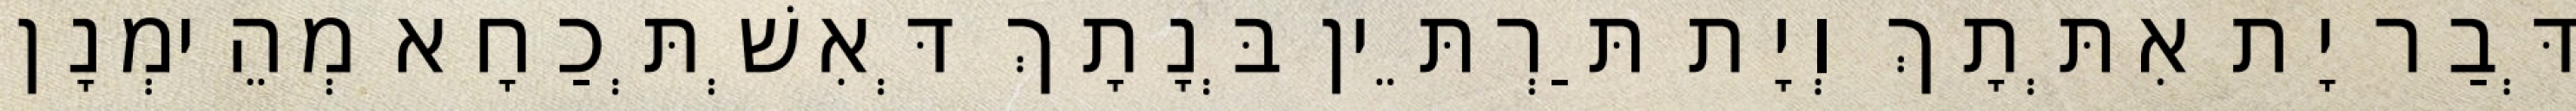
דְּבַר יָת אִתְּתָךְ וְיָת תַּרְתֵּין בְּנָתָךְ דְּאִשְׁתְּכַחָא מְהֵימְנָן